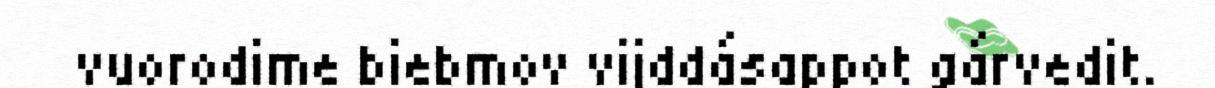
vuorodime biebmov vijddásappot gárvedit.